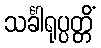
သင်္ခါရုပ္ပတ္တိံ